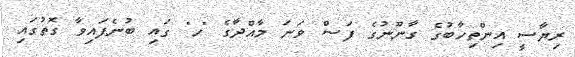
ރިޔާސީ އިންތިހާބުގެ ގާނޫނުގެ ފަސް ވަނަ މާއްދާގެ "ހ" ގައި ބުނެފައިވާ ގޮތުގައި